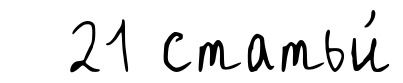
21 статьи́